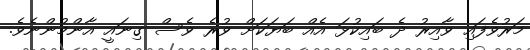
މަރުވެފައި ވާއިރު ދެ ބައިކުޅަ އެއް ބަޔަކަށް ވުރެ ވެސް ގިނައީ އާންމުންނެވެ.